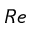
\boldsymbol { R e }